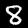
Digit: 8